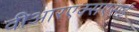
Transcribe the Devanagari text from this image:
वीआरएक्सएसई